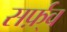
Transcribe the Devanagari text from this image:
सर्फ़्व